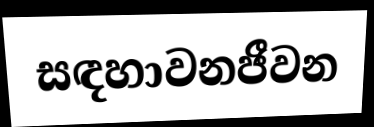
සඳහාවනජීවන